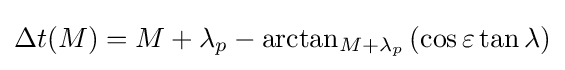
\Delta t(M)=M+\lambda _{p}-\arctan _{M+\lambda _{p}}\left(\cos {\varepsilon }\tan {\lambda }\right)